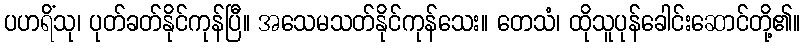
ပဟရိံသု၊ ပုတ်ခတ်နိုင်ကုန်ပြီ။ အသေမသတ်နိုင်ကုန်သေး။ တေသံ၊ ထိုသူပုန်ခေါင်းဆောင်တို့၏။